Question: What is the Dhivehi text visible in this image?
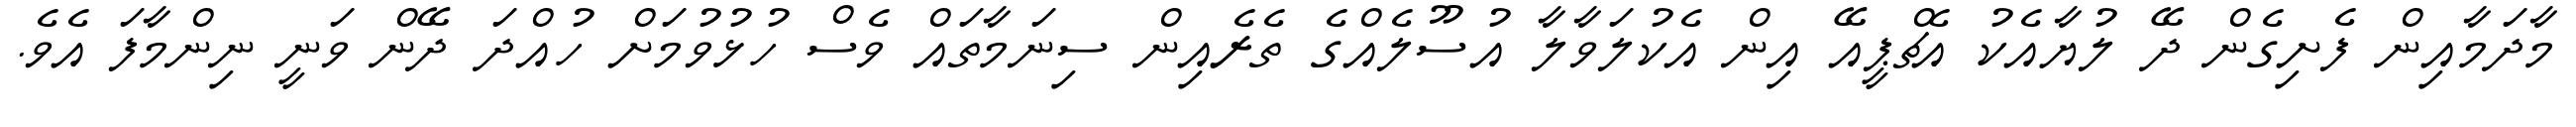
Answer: މާދަމާއިން ފެށިގެން ދޭ ލުޔާއެކު އެޗްޕީއޭ އިން އެކުލަވާލާ އުސޫލެއްގެ ތެރެއިން ސިނަމާތައް ވެސް ހުޅުވުމަށް ހުއްދަ ދޭން ވަނީ ނިންމާފަ އެވެ.